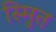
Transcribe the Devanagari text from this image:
स्मुित